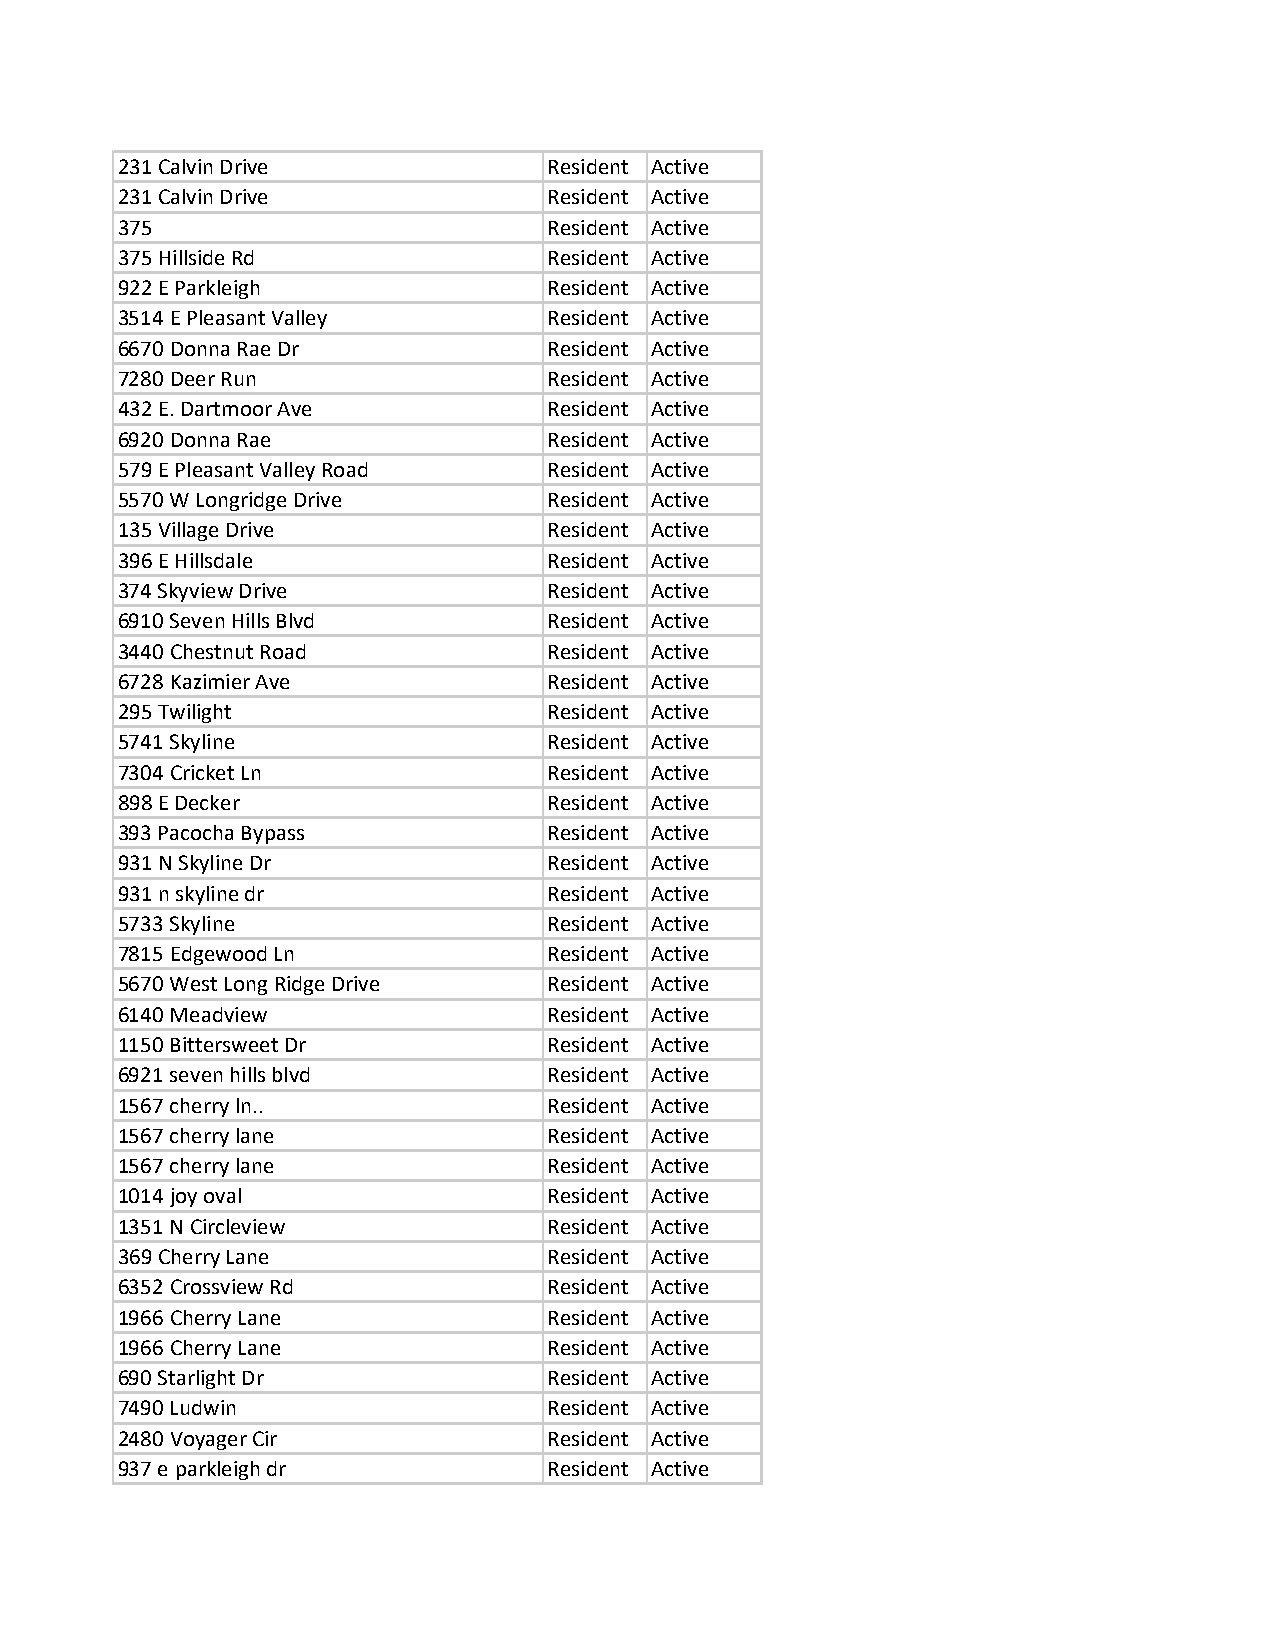
231 Calvin Drive            Resident Active
 231 Calvin Drive            Resident Active
 375                         Resident Active
 375 Hillside Rd             Resident Active
 922 E Parkleigh             Resident Active
 3514 E Pleasant Valley      Resident Active
 6670 Donna Rae Dr           Resident Active
 7280 Deer Run               Resident Active
 432 E. Dartmoor Ave         Resident Active
 6920 Donna Rae              Resident Active
 579 E Pleasant Valley Road  Resident Active
 5570 W Longridge Drive      Resident Active
 135 Village Drive           Resident Active
 396 E Hillsdale             Resident Active
 374 Skyview Drive           Resident Active
 6910 Seven Hills Blvd       Resident Active
 3440 Chestnut Road          Resident Active
 6728 Kazimier Ave           Resident Active
 295 Twilight                Resident Active
 5741 Skyline                Resident Active
 7304 Cricket Ln             Resident Active
 898 E Decker                Resident Active
 393 Pacocha Bypass          Resident Active
 931 N Skyline Dr            Resident Active
 931 n skyline dr            Resident Active
 5733 Skyline                Resident Active
 7815 Edgewood Ln            Resident Active
 5670 West Long Ridge Drive  Resident Active
 6140 Meadview               Resident Active
 1150 Bittersweet Dr         Resident Active
 6921 seven hills blvd       Resident Active
 1567 cherry ln..            Resident Active
 1567 cherry lane            Resident Active
 1567 cherry lane            Resident Active
 1014 joy oval               Resident Active
 1351 N Circleview           Resident Active
 369 Cherry Lane             Resident Active
 6352 Crossview Rd           Resident Active
 1966 Cherry Lane            Resident Active
 1966 Cherry Lane            Resident Active
 690 Starlight Dr            Resident Active
 7490 Ludwin                 Resident Active
 2480 Voyager Cir            Resident Active
 937 e parkleigh dr          Resident Active